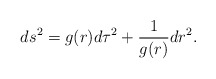
\begin{align*}ds^2=g(r)d\tau^2+{1 \over g(r)}dr^2 .\end{align*}